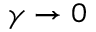
\gamma \rightarrow 0